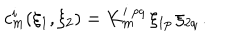
c _ { m } ^ { i } ( \xi _ { 1 } , \xi _ { 2 } ) = K _ { m } ^ { i ~ p q } \, \xi _ { 1 p } \, \xi _ { 2 q } \, .